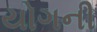
યોગની